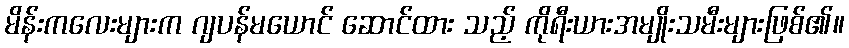
မိန်းကလေးများက ဂျပန်မယောင် ဆောင်ထား သည့် ကိုရီးယားအမျိုးသမီးများဖြစ်၏။